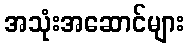
အသုံးအဆောင်များ